Insane asylums in Bengal annual reports 1876-1887 - 1876-1887
Year: 1876
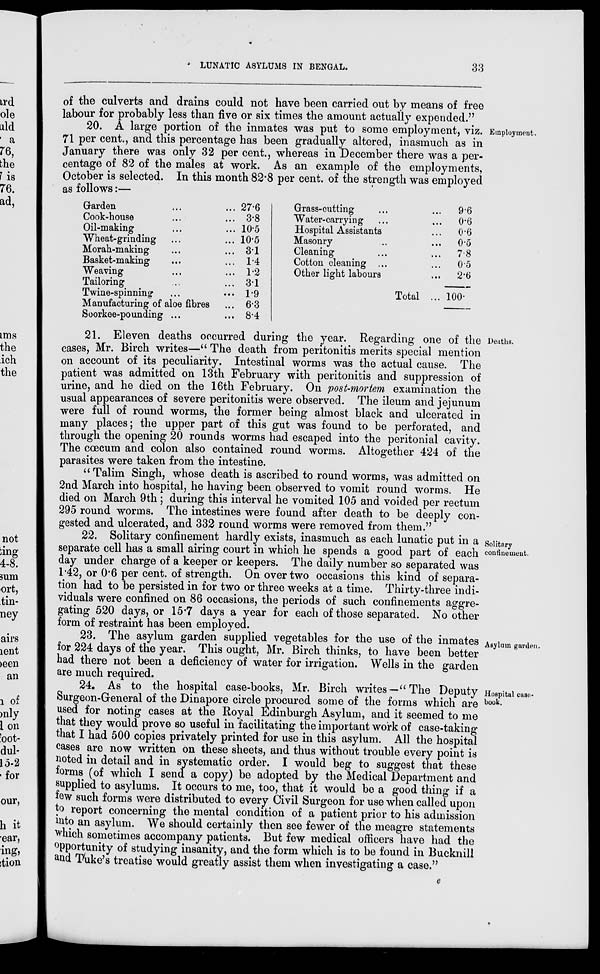
LUNATIC ASYLUMS IN BENGAL.
33
of the culverts and drains could not have been carried out by means of free
labour for probably less than five or six times the amount actually expended."
Employment.
20. A large portion of the inmates was put to some employment, viz.
71 per cent., and this percentage has been gradually altered, inasmuch as in
January there was only 32 per cent., whereas in December there was a per-
centage of 82 of the males at work. As an example of the employments,
October is selected. In this month 82.8 per cent. of the strength was employed
as follows:—
Garden ... ...
Cook-house ... ...
Oil-making ... ...
Wheat-grinding ... ...
Morah-making ... ...
Basket-making ... ...
Weaving ... ...
Tailoring ... ...
Twine-spinning ... ...
Manufacturing of aloe fibres ...
Soorkee-pounding ... ...
27.6
3.8
10.5
10.5
3.1
1.4
1.2
3.1
1.9
6.3
8.4
Grass-cutting ... ...
Water-carrying ... ...
Hospital Assistants ...
Masonry ... ...
Cleaning ... ...
Cotton cleaning ... ...
Other light labours ...
Total ...
9.6
0.6
0.6
0.5
7.8
0.5
2.6
100.
Deaths.
21. Eleven deaths occurred during the year. Regarding one of the
cases, Mr. Birch writes—" The death from peritonitis merits special mention
on account of its peculiarity. Intestinal worms was the actual cause. The
patient was admitted on 13th February with peritonitis and suppression of
urine, and he died on the 16th February. On post-mortem examination the
usual appearances of severe peritonitis were observed. The ileum and jejunum
were full of round worms, the former being almost black and ulcerated in
many places; the upper part of this gut was found to be perforated, and
through the opening 20 rounds worms had escaped into the peritonial cavity.
The cœcum and colon also contained round worms. Altogether 424 of the
parasites were taken from the intestine.
" Talim Singh, whose death is ascribed to round worms, was admitted on
2nd March into hospital, he having been observed to vomit round worms. He
died on March 9th; during this interval he vomited 105 and voided per rectum
295 round worms. The intestines were found after death to be deeply con-
gested and ulcerated, and 332 round worms were removed from them."
Solitary
confinement.
22. Solitary confinement hardly exists, inasmuch as each lunatic put in a
separate cell has a small airing court in which he spends a good part of each
day under charge of a keeper or keepers. The daily number so separated was
1.42, or 0.6 per cent. of strength. On over two occasions this kind of separa-
tion had to be persisted in for two or three weeks at a time. Thirty-three indi-
viduals were confined on 86 occasions, the periods of such confinements aggre-
gating 520 days, or 15.7 days a year for each of those separated. No other
form of restraint has been employed.
Asylum garden.
23. The asylum garden supplied vegetables for the use of the inmates
for 224 days of the year. This ought, Mr. Birch thinks, to have been better
had there not been a deficiency of water for irrigation. Wells in the garden
are much required.
Hospital case-
book.
24. As to the hospital case-books, Mr. Birch writes—" The Deputy
Surgeon-General of the Dinapore circle procured some of the forms which are
used for noting cases at the Royal Edinburgh Asylum, and it seemed to me
that they would prove so useful in facilitating the important work of case-taking
that I had 500 copies privately printed for use in this asylum. All the hospital
cases are now written on these sheets, and thus without trouble every point is
noted in detail and in systematic order. I would beg to suggest that these
forms (of which I send a copy) be adopted by the Medical Department and
supplied to asylums. It occurs to me, too, that it would be a good thing if a
few such forms were distributed to every Civil Surgeon for use when called upon
to report concerning the mental condition of a patient prior to his admission
into an asylum. We should certainly then see fewer of the meagre statements
which sometimes accompany patients. But few medical officers have had the
opportunity of studying insanity, and the form which is to be found in Bucknill
and Tuke's treatise would greatly assist them when investigating a case."
e